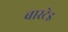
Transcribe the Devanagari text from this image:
बास्टेइ